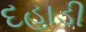
દહાડી